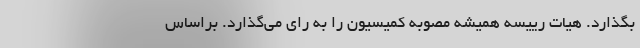
بگذارد. هیات رییسه همیشه مصوبه کمیسیون را به رای می‌گذارد. براساس